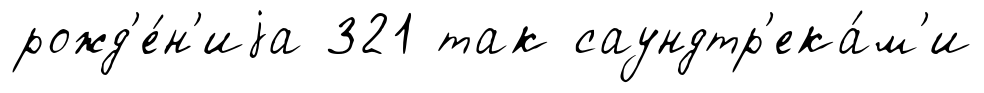
рожд'е́н'иjа 321 так саундтр'ека́м'и